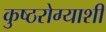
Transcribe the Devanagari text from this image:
कुष्ठरोग्याशी